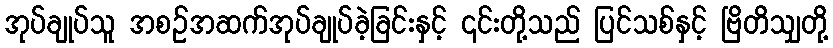
အုပ်ချုပ်သူ အစဉ်အဆက်အုပ်ချုပ်ခဲ့ခြင်းနှင့် ၎င်းတို့သည် ပြင်သစ်နှင့် ဗြိတိသျှတို့